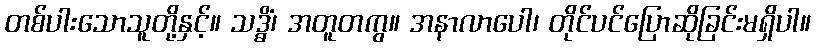
တစ်ပါးသောသူတို့နှင့်။ သဒ္ဓိံ၊ အတူတကွ။ အနာလာပေါ၊ တိုင်ပင်ပြောဆိုခြင်းမရှိပါ။